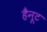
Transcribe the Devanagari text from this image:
हैनूट